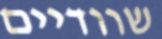
שוודיים